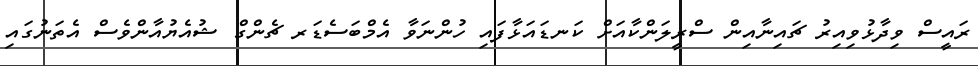
ރައީސް ވިދާޅުވިއިރު ޗައިނާއިން ސްރީލަންކާއަށް ކަނޑައަޅާފައި ހުންނަވާ އެމްބަސެޑަރ ޗެންގް ޝުއެޔުއާންވެސް އެތަނުގައި